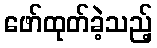
ဖော်ထုတ်ခဲ့သည့်